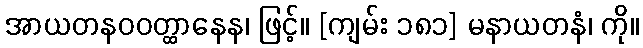
အာယတနဝဝတ္ထာနေန၊ ဖြင့်။ [ကျမ်း ၁၈၁] မနာယတနံ၊ ကို။